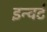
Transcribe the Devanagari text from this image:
इन्वर्ट